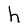
Character: h